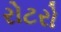
રોટરો